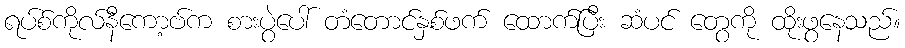
ရပ်စ်ကိုလ်နီကော့ဗ်က စားပွဲပေါ် တံတောင်နှစ်ဖက် ထောက်ပြီး ဆံပင် တွေကို ထိုးဖွနေသည်။